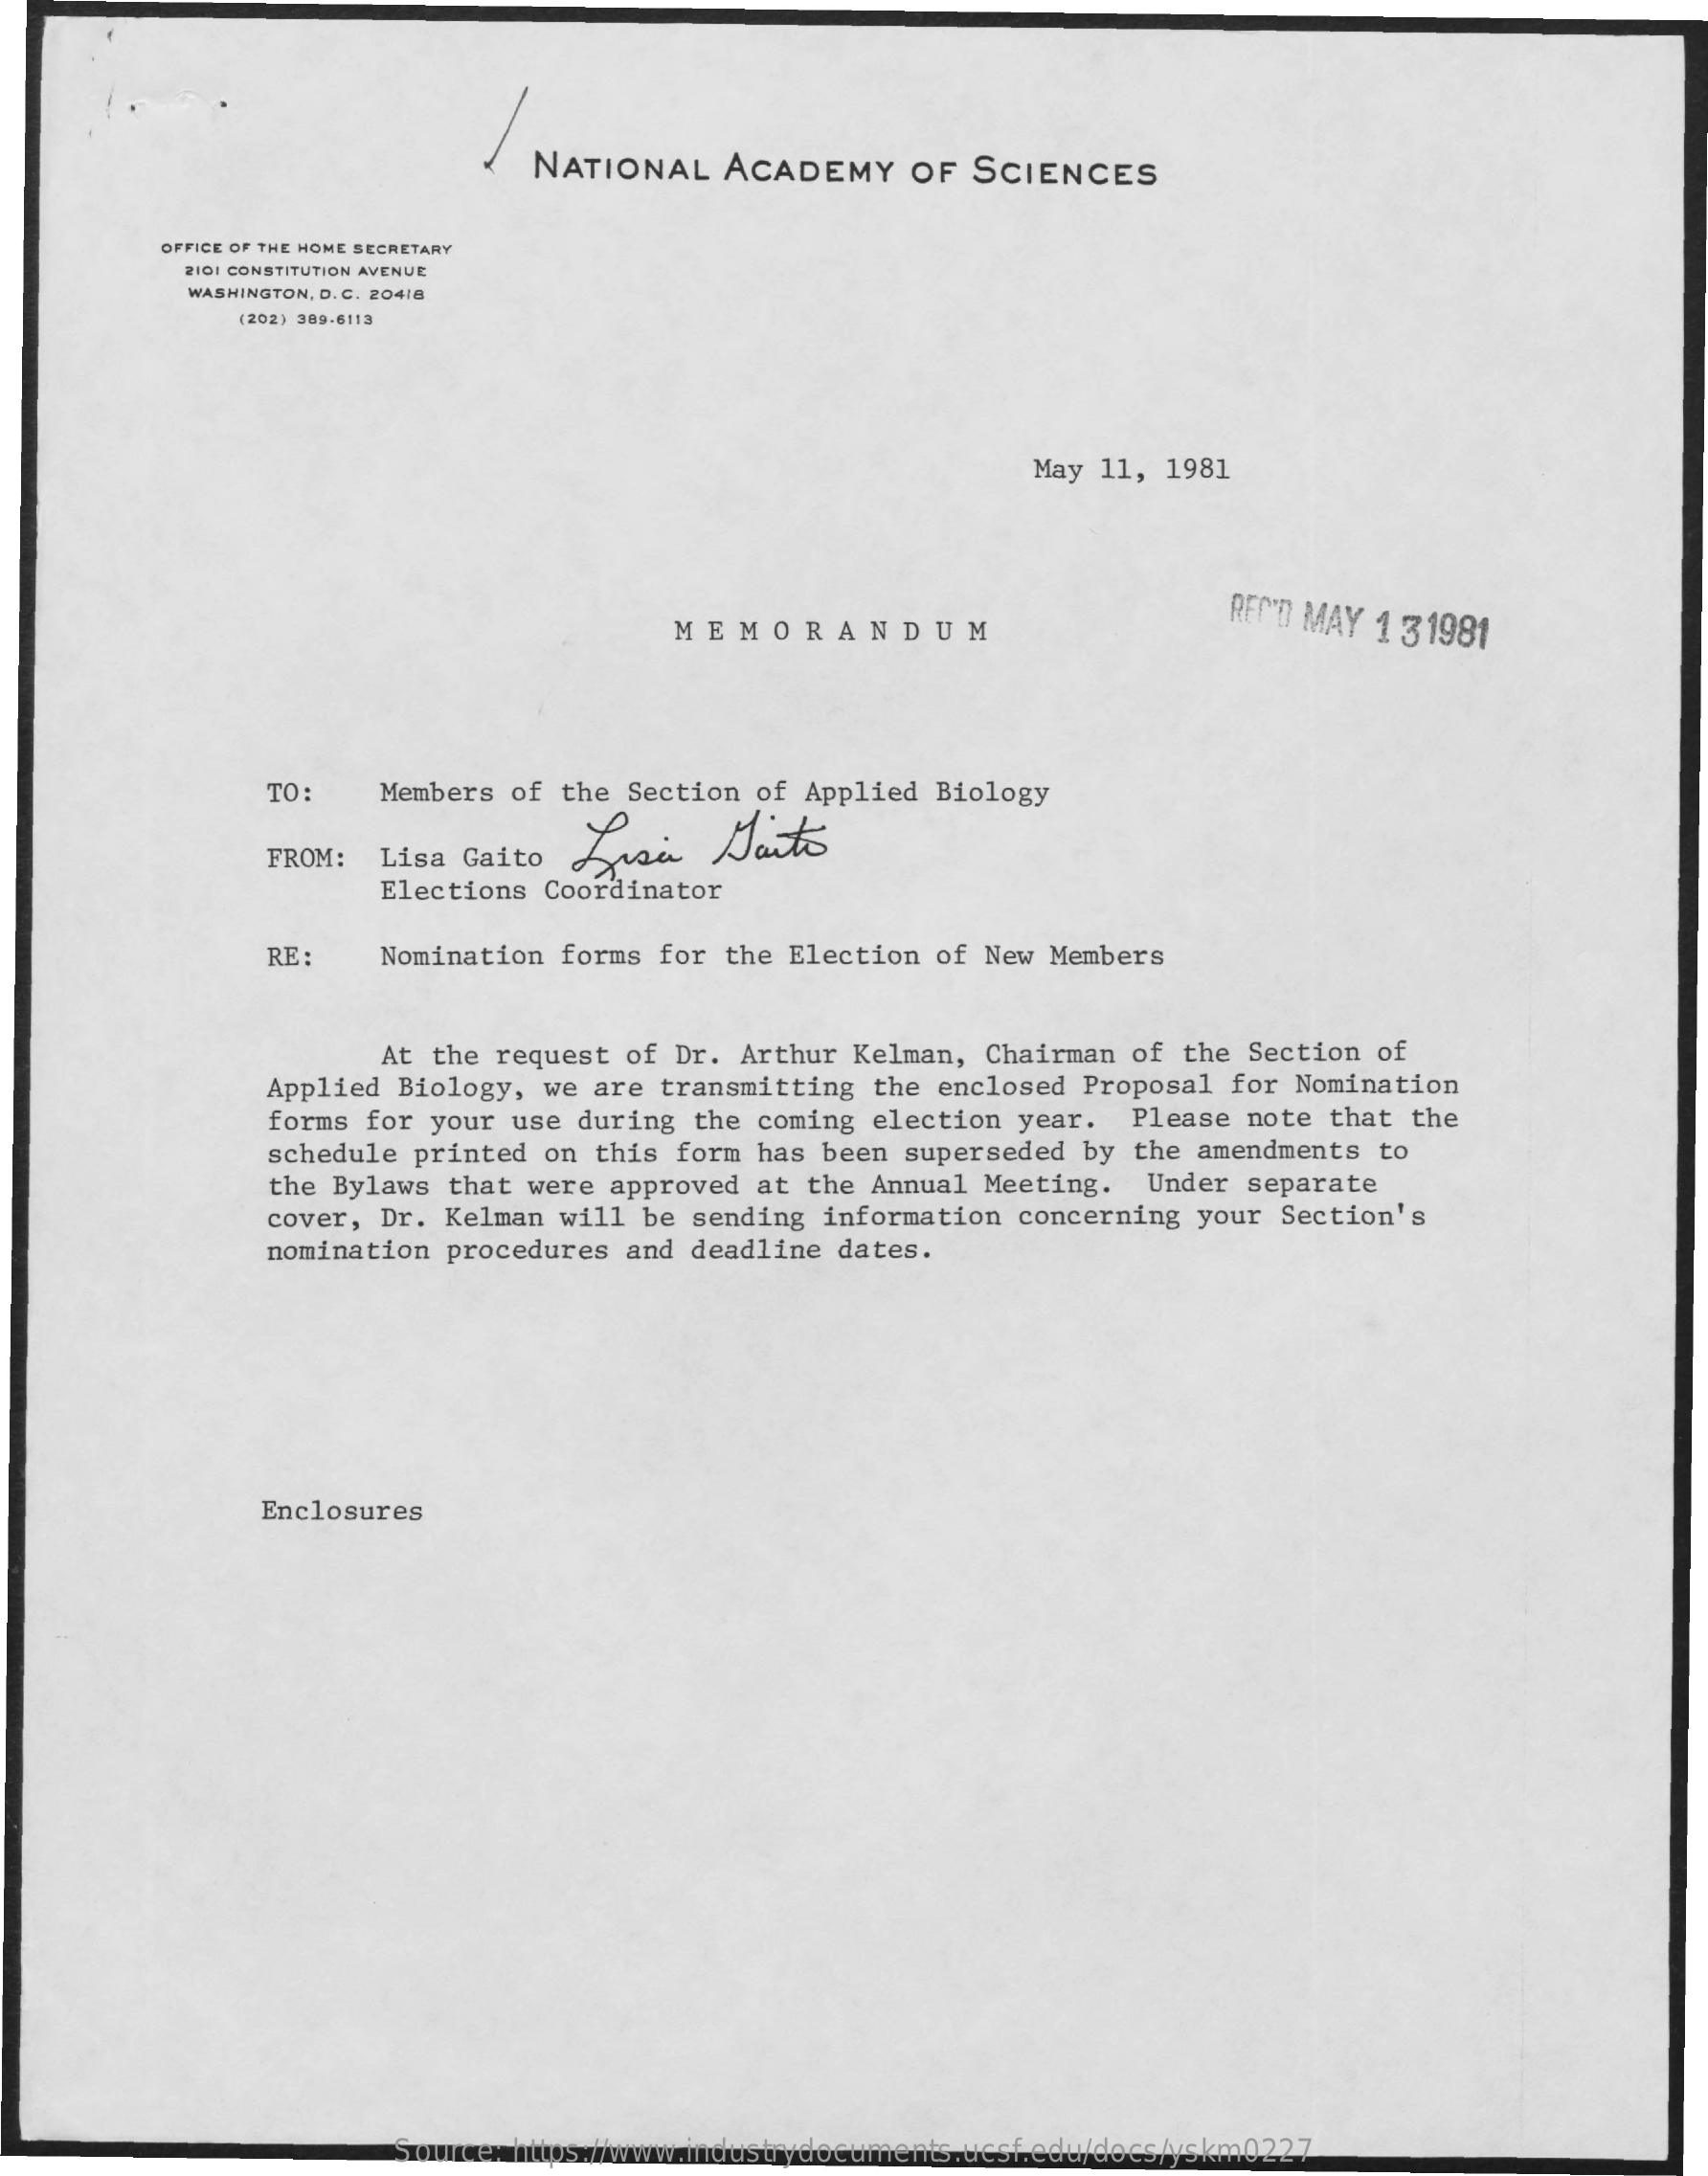
NATIONAL  ACADEMY   OF SCIENCES
     OFFICE OF THE HOME SECRETARY
     2101 CONSTITUTION AVENUE
     WASHINGTON, D. C. 20418
     (202) 309-6113
     May 11, 1981
     MEMORANDUM
     REND MAY 1 31981
     TO :  Members of the Section of Applied Biology
     Lisi   Daito
     FROM: Lisa Gaito
     Elections Coordinator
     RE:   Nomination forms for the Election of New Members
     At the request of Dr. Arthur Kelman, Chairman of the Section of
     Applied Biology, we are transmitting the enclosed Proposal for Nomination
     forms for your use during the coming election year. Please note that the
     schedule printed on this form has been superseded by the amendments to
     the Bylaws that were approved at the Annual Meeting. Under separate
     cover, Dr. Kelman will be sending information concerning your Section's
     nomination procedures and deadline dates.
     Enclosures
     Source: https://www.industrydocuments.ucsf.edu/docs/yskm0227